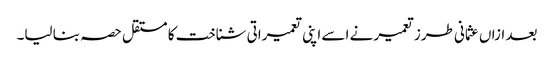
بعد ازاں عثمانی طرز تعمیر نے اسے اپنی تعمیراتی شناخت کا مستقل حصہ بنا لیا۔